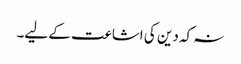
نہ کہ دین کی اشاعت کے لیے۔